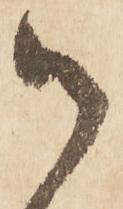
御